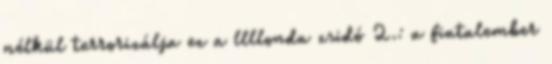
nélkül terrorizálja ez a llllonda zsidó 2.: a fiatalember